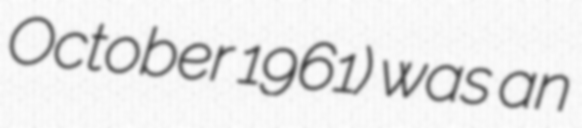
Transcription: October 1961) was an